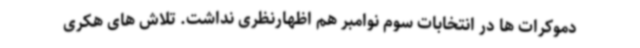
دموکرات ها در انتخابات سوم نوامبر هم اظهارنظری نداشت. تلاش های هکری